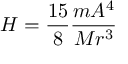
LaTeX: H = { \frac { 1 5 } { 8 } } { \frac { m A ^ { 4 } } { M r ^ { 3 } } }